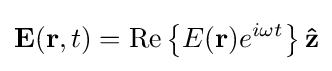
\mathbf {E} (\mathbf {r} ,t)=\operatorname {Re} \left\{E(\mathbf {r} )e^{i\omega t}\right\}\mathbf {\hat {z}}